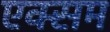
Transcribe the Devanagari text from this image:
एक्सम